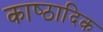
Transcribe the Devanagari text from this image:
काष्‍ठादिक